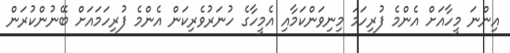
އިންނަ މީހާއަށް އެންމެ ފުރިހަމަ މިނިވަންކަމާއި އެމީހާގެ ހުނަރުވެރިކަން އެންމެ ފުރިހަމައަށް ބޭނުންކުރަން